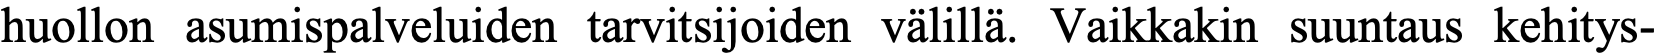
huollon asumispalveluiden tarvitsijoiden välillä. Vaikkakin suuntaus kehitys-